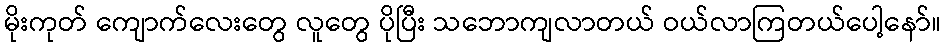
မိုးကုတ် ကျောက်လေးတွေ လူတွေ ပိုပြီး သဘောကျလာတယ် ဝယ်လာကြတယ်ပေါ့နော်။